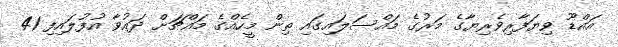
އައްޑޫ ވިޔަފާރިވެރިޔާގެ މަރުގެ މައްސަލައިގައި ތިން މީހެއްގެ މައްޗަށް ދައުވާ އުފުލައިފި 41